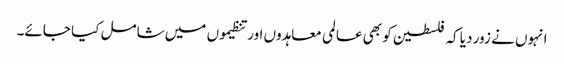
انہوں نے زور دیا کہ فلسطین کو بھی عالمی معاہدوں اور تنظیموں میں شامل کیا جائے۔